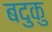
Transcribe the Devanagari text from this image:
बदुकु